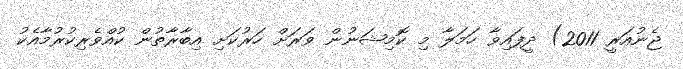
ޖެނުއަރީ 2011) ދީފައިވާ ހަމަލާ މި ކޮމިޝަނުން ވަރަށް ހަރުކަށި އިބާރާތުން ކުއްވެރިކުރުމާއެކު